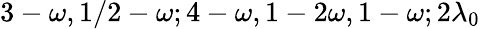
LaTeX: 3-\omega,1/2-\omega;4-\omega,1-2\omega,1-\omega;2\lambda_{0}